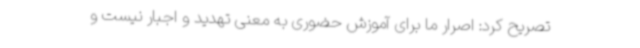
تصریح کرد: اصرار ما برای آموزش حضوری به معنی تهدید و اجبار نیست و